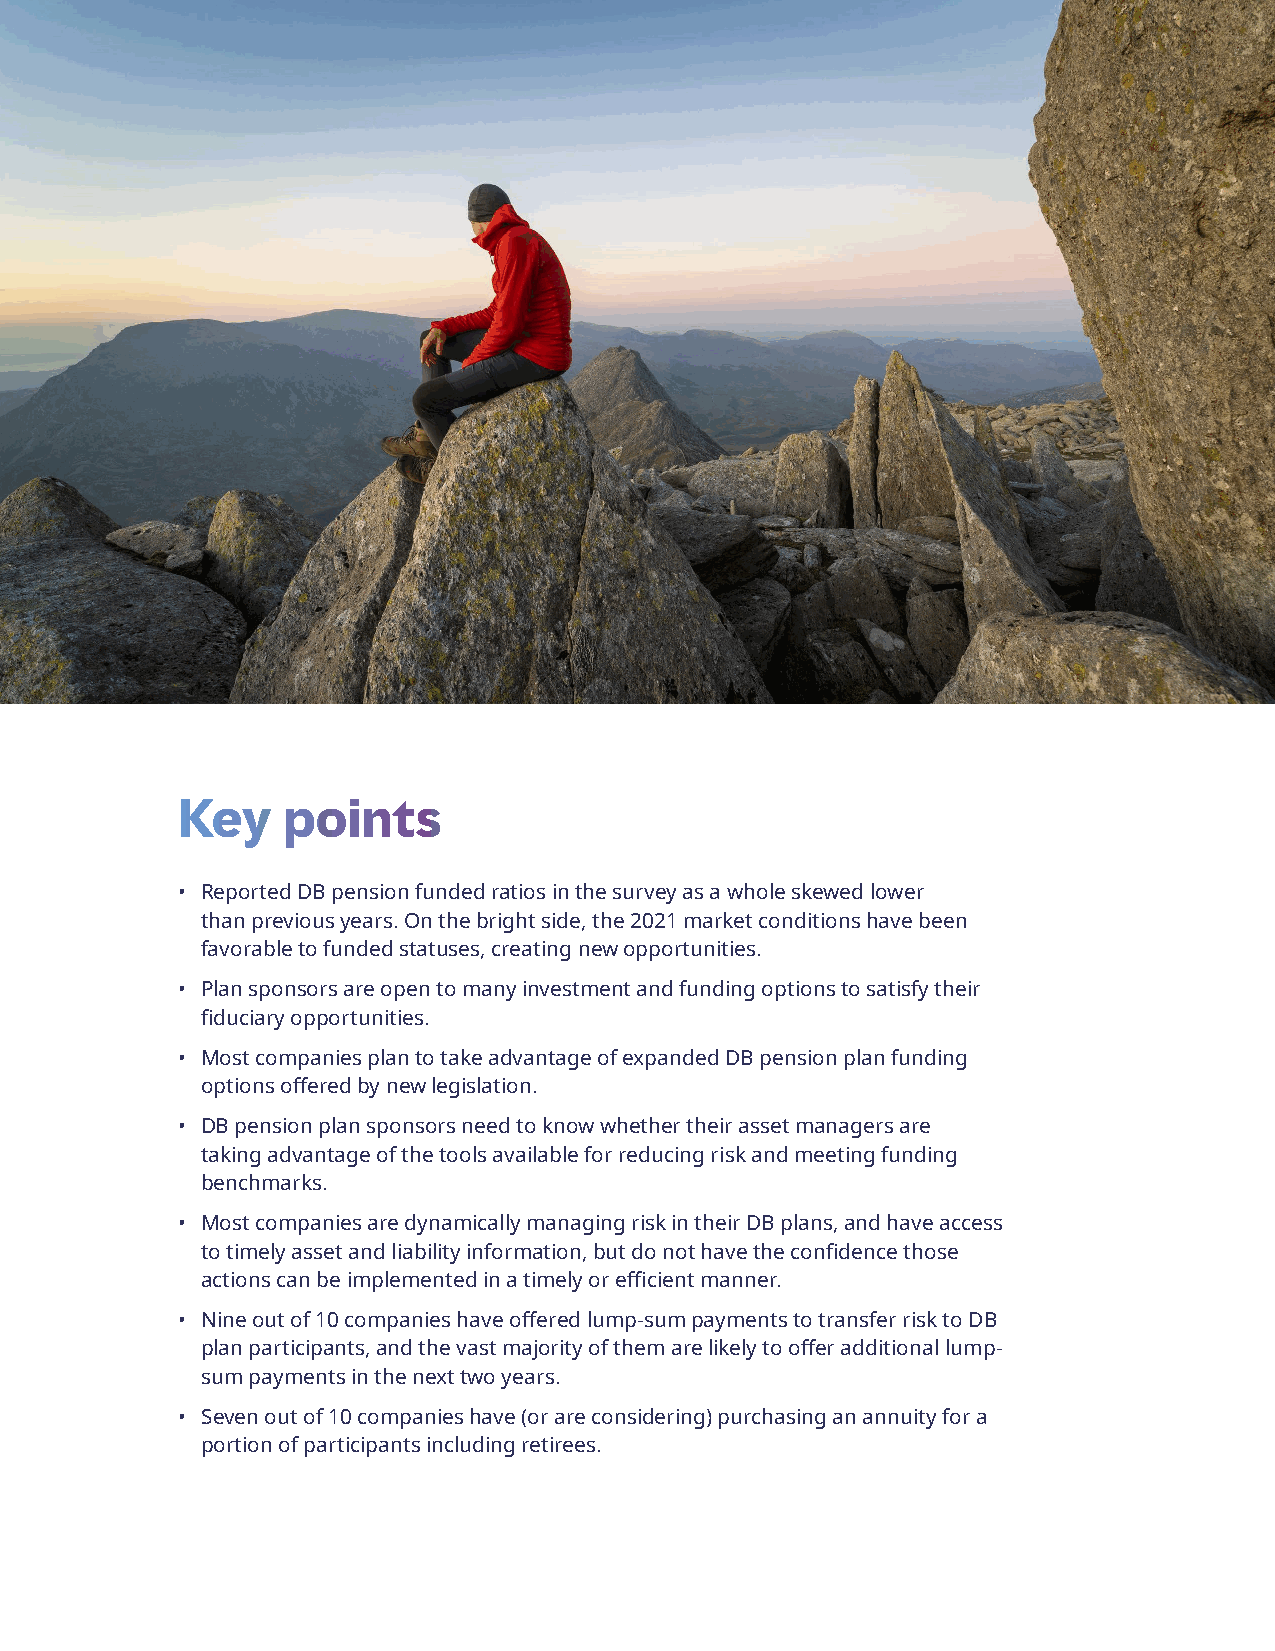
Next steps in pension risk management                             3
 Key    points
 • Reported DB pension funded ratios in the survey as a whole skewed lower
 than previous years. On the bright side, the 2021 market conditions have been
 favorable to funded statuses, creating new opportunities.
 • Plan sponsors are open to many investment and funding options to satisfy their
 fiduciary opportunities.
 • Most companies plan to take advantage of expanded DB pension plan funding
 options offered by new legislation.
 • DB pension plan sponsors need to know whether their asset managers are
 taking advantage of the tools available for reducing risk and meeting funding
 benchmarks.
 • Most companies are dynamically managing risk in their DB plans, and have access
 to timely asset and liability information, but do not have the confidence those
 actions can be implemented in a timely or efficient manner.
 • Nine out of 10 companies have offered lump-sum payments to transfer risk to DB
 plan participants, and the vast majority of them are likely to offer additional lump-
 sum payments in the next two years.
 • Seven out of 10 companies have (or are considering) purchasing an annuity for a
 portion of participants including retirees.